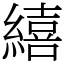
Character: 繥